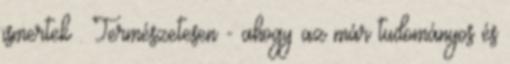
ismertek . Természetesen - ahogy az már tudományos és